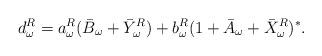
LaTeX: \begin{align*}d^R_\omega=a^R_\omega(\bar{B}_\omega+\bar{Y}^R_\omega)+b^R_\omega(1+\bar{A}_\omega+\bar{X}^R_\omega)^\ast.\end{align*}